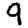
Digit: 9